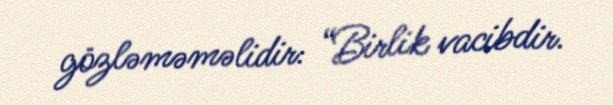
gözləməməlidir: “Birlik vacibdir.